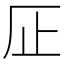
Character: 𱤽